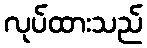
လုပ်ထားသည်